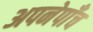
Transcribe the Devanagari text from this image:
अपनेपाँच